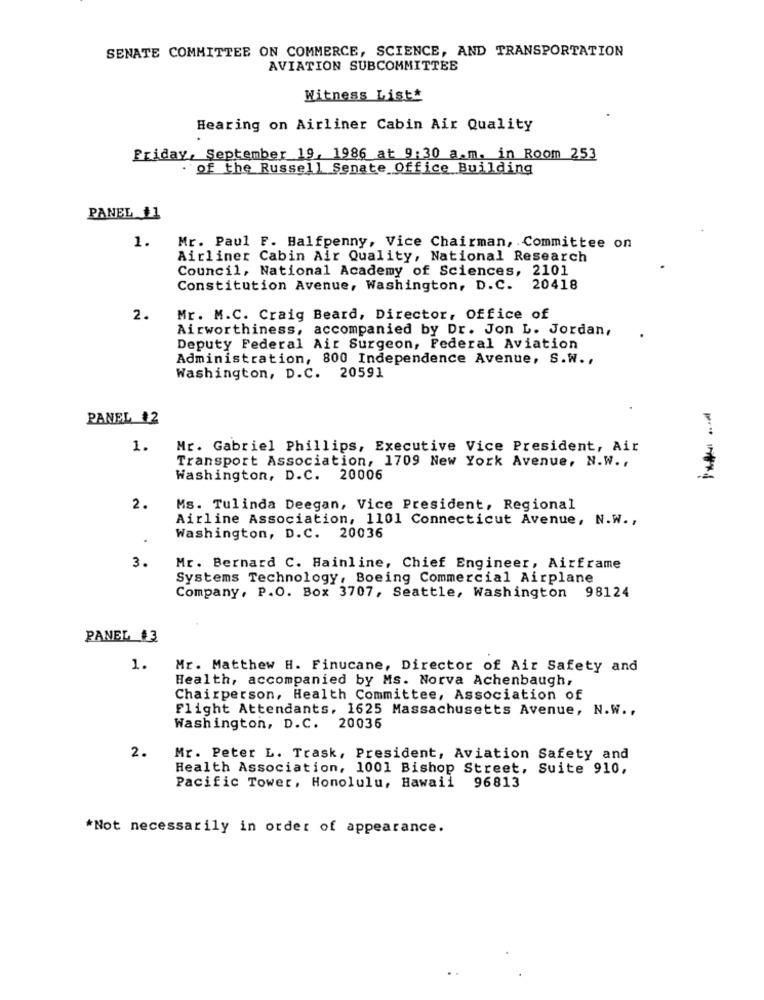
SENATE COMMITTEE ON COMMERCE, SCIENCE, AND TRANSPORTATION
AVIATION SUBCOMMITTEE
Witness List*
Hearing on Airliner Cabin Air Quality
Friday, September 19, 1986 at 9:30 a.m. in Room 253
of the Russell Senate Office Building
PANEL $1
1.
Mr. Paul F. Halfpenny, Vice Chairman, Committee on
Airliner Cabin Air Quality, National Research
Council, National Academy of Sciences, 2101
Constitution Avenue, Washington, D.C. 20418
2.
Mr. M.C. Craig Beard, Director, Office of
Airworthiness, accompanied by Dr. Jon L. Jordan,
Deputy Federal Air Surgeon, Federal Aviation
Administration, 800 Independence Avenue, S.W .,
Washington, D.C. 20591
PANEL 12
1.
Mr. Gabriel Phillips, Executive Vice President, Air
Transport Association, 1709 New York Avenue, N.W .,
Washington, D.C. 20006
2.
Ms. Tulinda Deegan, Vice President, Regional
Airline Association, 1101 Connecticut Avenue, N.W .,
Washington, D.C. 20036
3.
Mr. Bernard C. Hainline, Chief Engineer, Airframe
Systems Technology, Boeing Commercial Airplane
Company, P.O. Box 3707, Seattle, Washington 98124
PANEL 3
1.
Mr. Matthew H. Finucane, Director of Air Safety and
Health, accompanied by Ms. Norva Achenbaugh,
Chairperson, Health Committee, Association of
Flight Attendants, 1625 Massachusetts Avenue, N.W .,
Washington, D.C. 20036
2.
Mr. Peter L. Trask, President, Aviation Safety and
Health Association, 1001 Bishop Street, Suite 910,
Pacific Tower, Honolulu, Hawaii 96813
*Not necessarily in order of appearance.